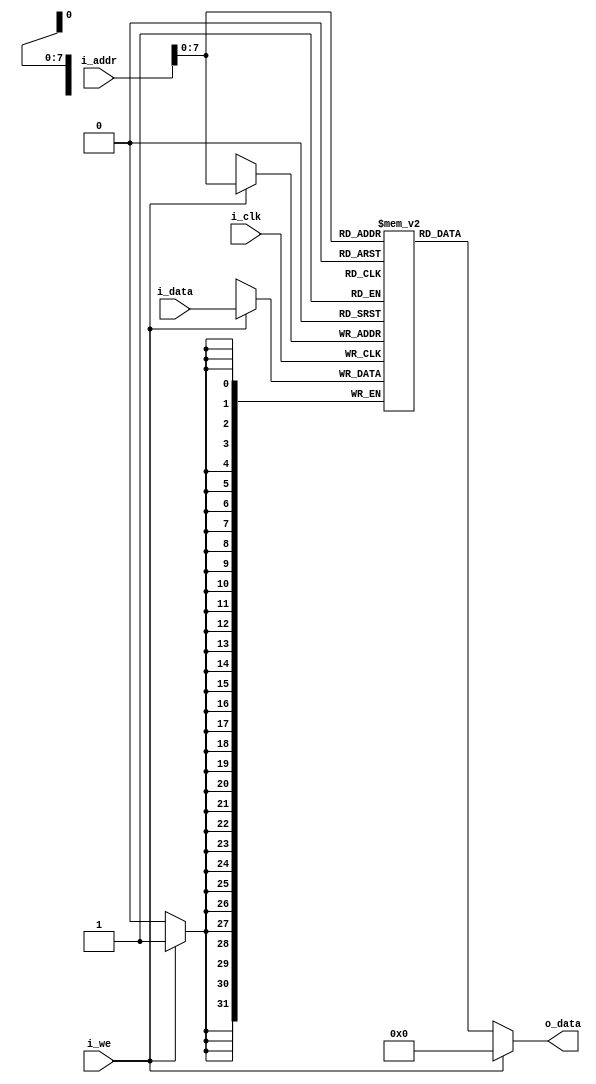
module ram(i_clk, i_addr, i_data, i_we, o_data);

	parameter MEM_WIDTH = 128; 

	input			i_clk, i_we;
	input   [31:0]  i_addr;
	input   [31:0]  i_data;
	output  [31:0]  o_data;

	reg [31:0] mem [0:MEM_WIDTH];

	assign o_data = (!i_we) ? mem[i_addr] : 32'b0;

	always @(posedge i_clk) begin
	  if (i_we)
	    mem[i_addr] <= i_data;
	end
  
endmodule